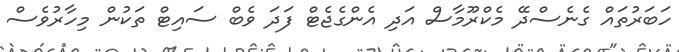
ހަބަރުތައް ގެނެސްދޭ މެކްރޫމާސް އަދި އެންގެޖެޓް ފަދަ ވެބް ސައިޓް ތަކުން މިހާރުވެސް